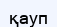
қауп